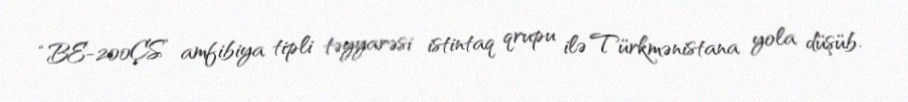
“BE-200ÇS” amfibiya tipli təyyarəsi istintaq qrupu ilə Türkmənistana yola düşüb.